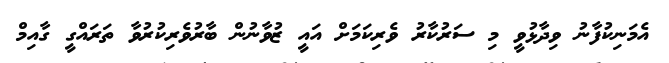
އެމަނިކުފާނު ވިދާޅުވީ މި ސަރުކާރު ވެރިކަމަށް އައީ ޒުވާނުން ބާރުވެރިކުރުވާ ތަރައްގީ ގާއިމް